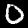
Label: 0